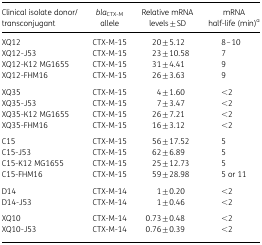
<table><thead><tr><td><b>Clinical isolate donor/transconjugant</b></td><td><b><i>bla</i><sub>CTX-M</sub> allele</b></td><td><b>Relative mRNA levels ± SD</b></td><td><b>mRNA half-life (min)<sup>a</sup></b></td></tr></thead><tbody><tr><td>XQ12</td><td>CTX-M-15</td><td>20 ± 5.12</td><td>8–10</td></tr><tr><td>XQ12-J53</td><td>CTX-M-15</td><td>23 ± 10.58</td><td>7</td></tr><tr><td>XQ12-K12 MG1655</td><td>CTX-M-15</td><td>31 ± 4.41</td><td>9</td></tr><tr><td>XQ12-FHM16</td><td>CTX-M-15</td><td>26 ± 3.63</td><td>9</td></tr><tr><td>XQ35</td><td>CTX-M-15</td><td>4 ± 1.60</td><td>&lt;2</td></tr><tr><td>XQ35-J53</td><td>CTX-M-15</td><td>7 ± 3.47</td><td>&lt;2</td></tr><tr><td>XQ35-K12 MG1655</td><td>CTX-M-15</td><td>26 ± 7.21</td><td>&lt;2</td></tr><tr><td>XQ35-FHM16</td><td>CTX-M-15</td><td>16 ± 3.12</td><td>&lt;2</td></tr><tr><td>C15</td><td>CTX-M-15</td><td>56 ± 17.52</td><td>5</td></tr><tr><td>C15-J53</td><td>CTX-M-15</td><td>62 ± 6.89</td><td>5</td></tr><tr><td>C15-K12 MG1655</td><td>CTX-M-15</td><td>25 ± 12.73</td><td>5</td></tr><tr><td>C15-FHM16</td><td>CTX-M-15</td><td>59 ± 28.98</td><td>5 or 11</td></tr><tr><td>D14</td><td>CTX-M-14</td><td>1 ± 0.20</td><td>&lt;2</td></tr><tr><td>D14-J53</td><td>CTX-M-14</td><td>1 ± 0.46</td><td>&lt;2</td></tr><tr><td>XQ10</td><td>CTX-M-14</td><td>0.73 ± 0.48</td><td>&lt;2</td></tr><tr><td>XQ10-J53</td><td>CTX-M-14</td><td>0.76 ± 0.39</td><td>&lt;2</td></tr></tbody></table>